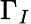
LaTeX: \Gamma_{I}